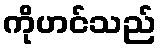
ကိုဟင်သည်